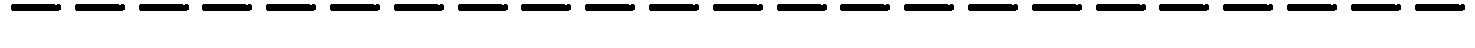
-----------------------